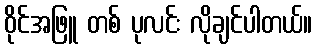
ဝိုင်အဖြူ တစ် ပုလင်း လိုချင်ပါတယ်။